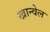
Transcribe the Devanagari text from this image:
खान्वेल